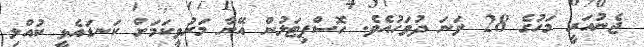
ޖެނުއަރީ މަހުގެ 28 ވަނަ ދުވަހުއެވެ. ހޮސްޕިޓަލުން އޭނާ މަރުވީކަމަށް ކަނޑައެޅީ ކުއްލި